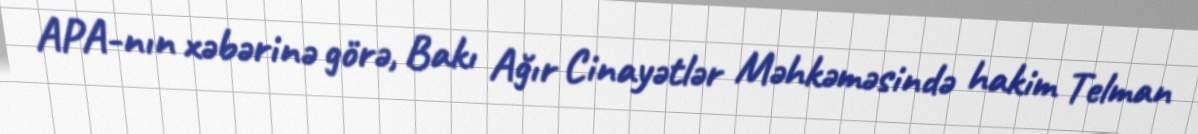
APA-nın xəbərinə görə, Bakı Ağır Cinayətlər Məhkəməsində hakim Telman